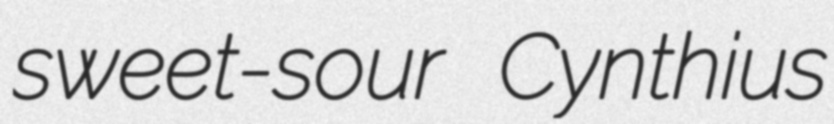
sweet-sour Cynthius